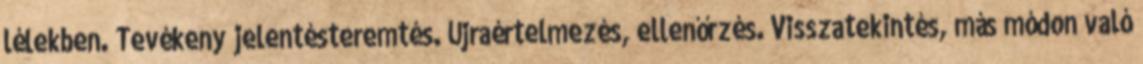
lélekben. Tevékeny jelentésteremtés. Újraértelmezés, ellenőrzés. Visszatekintés, más módon való